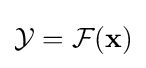
{\mathcal {Y}}={\mathcal {F}}({\mathbf {x} })